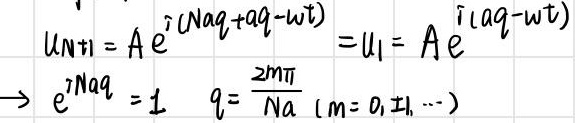
\[
\begin{align*}
u_{N + 1}&=Ae^{i(Naq + aq-\omega t)}=u_1 = Ae^{i(aq-\omega t)}\\
\to e^{iNaq}&=1\quad q=\frac{2m\pi}{Na}\ (m = 0,\pm1,\cdots)
\end{align*}
\]